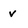
Character: v